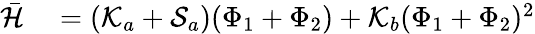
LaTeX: \begin{array}{rl}{\bar{\mathcal{H}}}&{{}=(\mathcal{K}_{a}+\mathcal{S}_{a})(\Phi_{1}+\Phi_{2})+\mathcal{K}_{b}(\Phi_{1}+\Phi_{2})^{2}}\end{array}